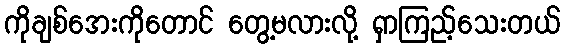
ကိုချစ်အေးကိုတောင် တွေ့မလားလို့ ရှာကြည့်သေးတယ်